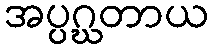
အပ္ပဂ္ဃတာယ